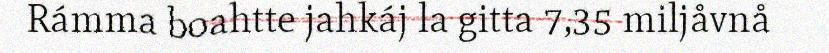
Rámma boahtte jahkáj la gitta 7,35 miljåvnå